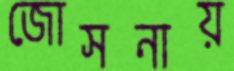
জোসনায়